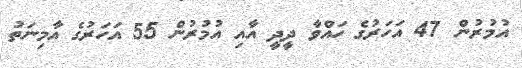
އުމުރުން 47 އަހަރުގެ ހައްވާ ދީދީ އާއި އުމުރުން 55 އަހަރުގެ އާމިނަތު